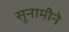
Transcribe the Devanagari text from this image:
सुनामीने